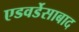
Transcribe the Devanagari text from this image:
एडवर्डेसाबाद